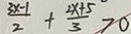
\frac { 3 x - 1 } { 2 } + \frac { 2 x + 5 } { 3 } > 0